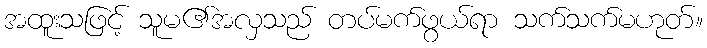
အထူးသဖြင့် သူမ၏အလှသည် တပ်မက်ဖွယ်ရာ သက်သက်မဟုတ်။